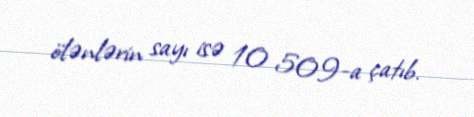
ölənlərin sayı isə 10 509-a çatıb.